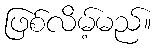
ဖြစ်လိမ့်မည်။